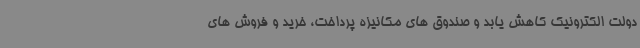
دولت الکترونیک کاهش یابد و صندوق های مکانیزه پرداخت، خرید و فروش های